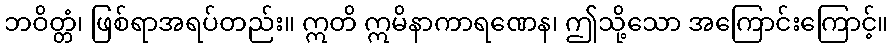
ဘဝိတ္တံ၊ ဖြစ်ရာအရပ်တည်း။ ဣတိ ဣမိနာကာရဏေန၊ ဤသို့သော အကြောင်းကြောင့်။